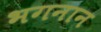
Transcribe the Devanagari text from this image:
भगनान